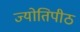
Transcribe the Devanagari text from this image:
ज्योतिपीठ